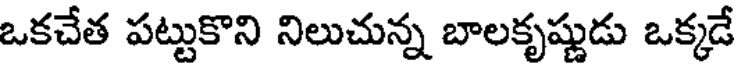
ఒకచేత పట్టుకొని నిలుచున్న బాలకృష్ణుడు ఒక్కడే